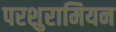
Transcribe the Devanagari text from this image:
परशुरामियन